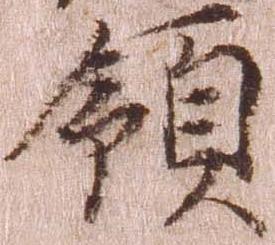
領